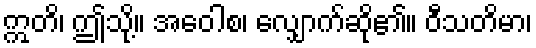
ဣတိ၊ ဤသို့။ အဝေါစ၊ လျှောက်ဆို၏။ ဝီသတိမာ၊